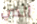
الذي